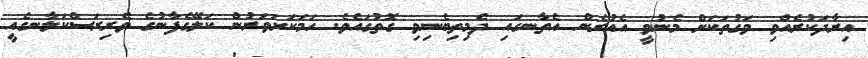
އިރާދަކުރެއްވި ވަގުތަކަށް މެނުވީ އެއުރެން އެތާނގައި ދެމިތިބެނިވި ގޮތުގައެވެ. ހަމަކަށަވަރުން ކަލޭގެފާނުގެ ވެރިރަސްކަލާނގެއީ